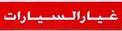
غيارالسيارات